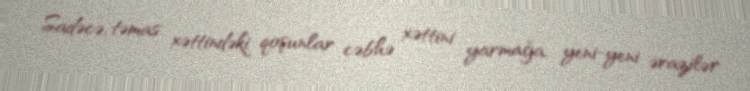
Sadəcə, təmas xəttindəki qoşunlar cəbhə xəttini yarmağa, yeni-yeni ərazilər